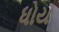
ધોય